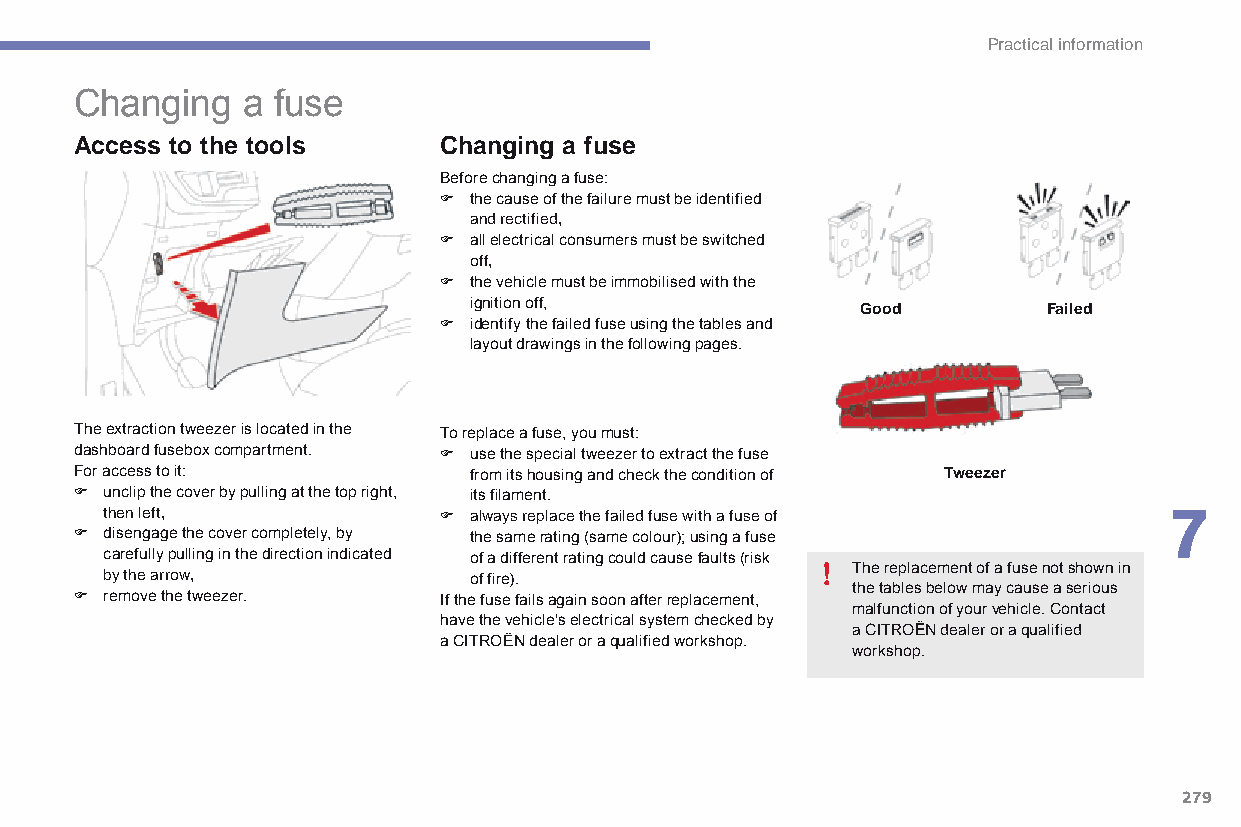
Practical information
 Changing   a fuse
 Access to the tools     Changing a fuse
 Before changing a fuse:
 F the cause of the failure must be identified
 and rectified,
 F all electrical consumers must be switched
 off,
 F the vehicle must be immobilised with the
 ignition off,
 Good        Failed
 F identify the failed fuse using the tables and
 layout drawings in the following pages.
 The extraction tweezer is located in the To replace a fuse, you must:
 dashboard fusebox compartment. F use the special tweezer to extract the fuse
 For access to it:         from its housing and check the condition of Tweezer
 F unclip the cover by pulling at the top right, its filament.
 then left,            F always replace the failed fuse with a fuse of 7
 F disengage the cover completely, by the same rating (same colour); using a fuse
 carefully pulling in the direction indicated of a different rating could cause faults (risk
 The replacement of a fuse not shown in
 by the arrow,           of fire).
 F remove the tweezer.   If the fuse fails again soon after replacement, the tables below may cause a serious
 malfunction of your vehicle. Contact
 have the vehicle's electrical system checked by
 a CITRoËn dealer or a qualified
 a CITROËN dealer or a qualified workshop.
 workshop.
 279
 C4-Picasso-II_en_Chap07_info-pratiques_ed01-2015